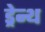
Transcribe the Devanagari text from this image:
ड्रेन्थ